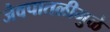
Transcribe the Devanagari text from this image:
जैवपातळीमुळे